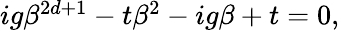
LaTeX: \begin{array}{r}{ig\beta^{2d+1}-t\beta^{2}-ig\beta+t=0,}\end{array}